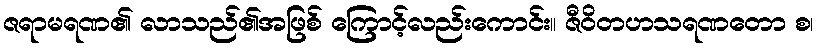
ဇရာမရဏ၏ လာသည်၏အဖြစ် ကြောင့်လည်းကောင်း။ ဇီဝိတဟသရဏတော စ၊